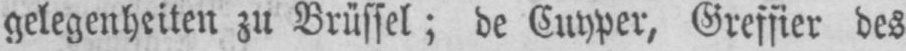
gelegenheiten zu Brüssel; de Cuyper, Greffier des